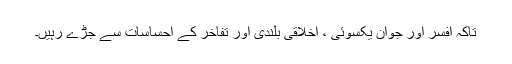
تاکہ افسر اور جوان یکسوئی ، اخلاقی بلندی اور تفاخر کے احساسات سے جڑے رہیں۔